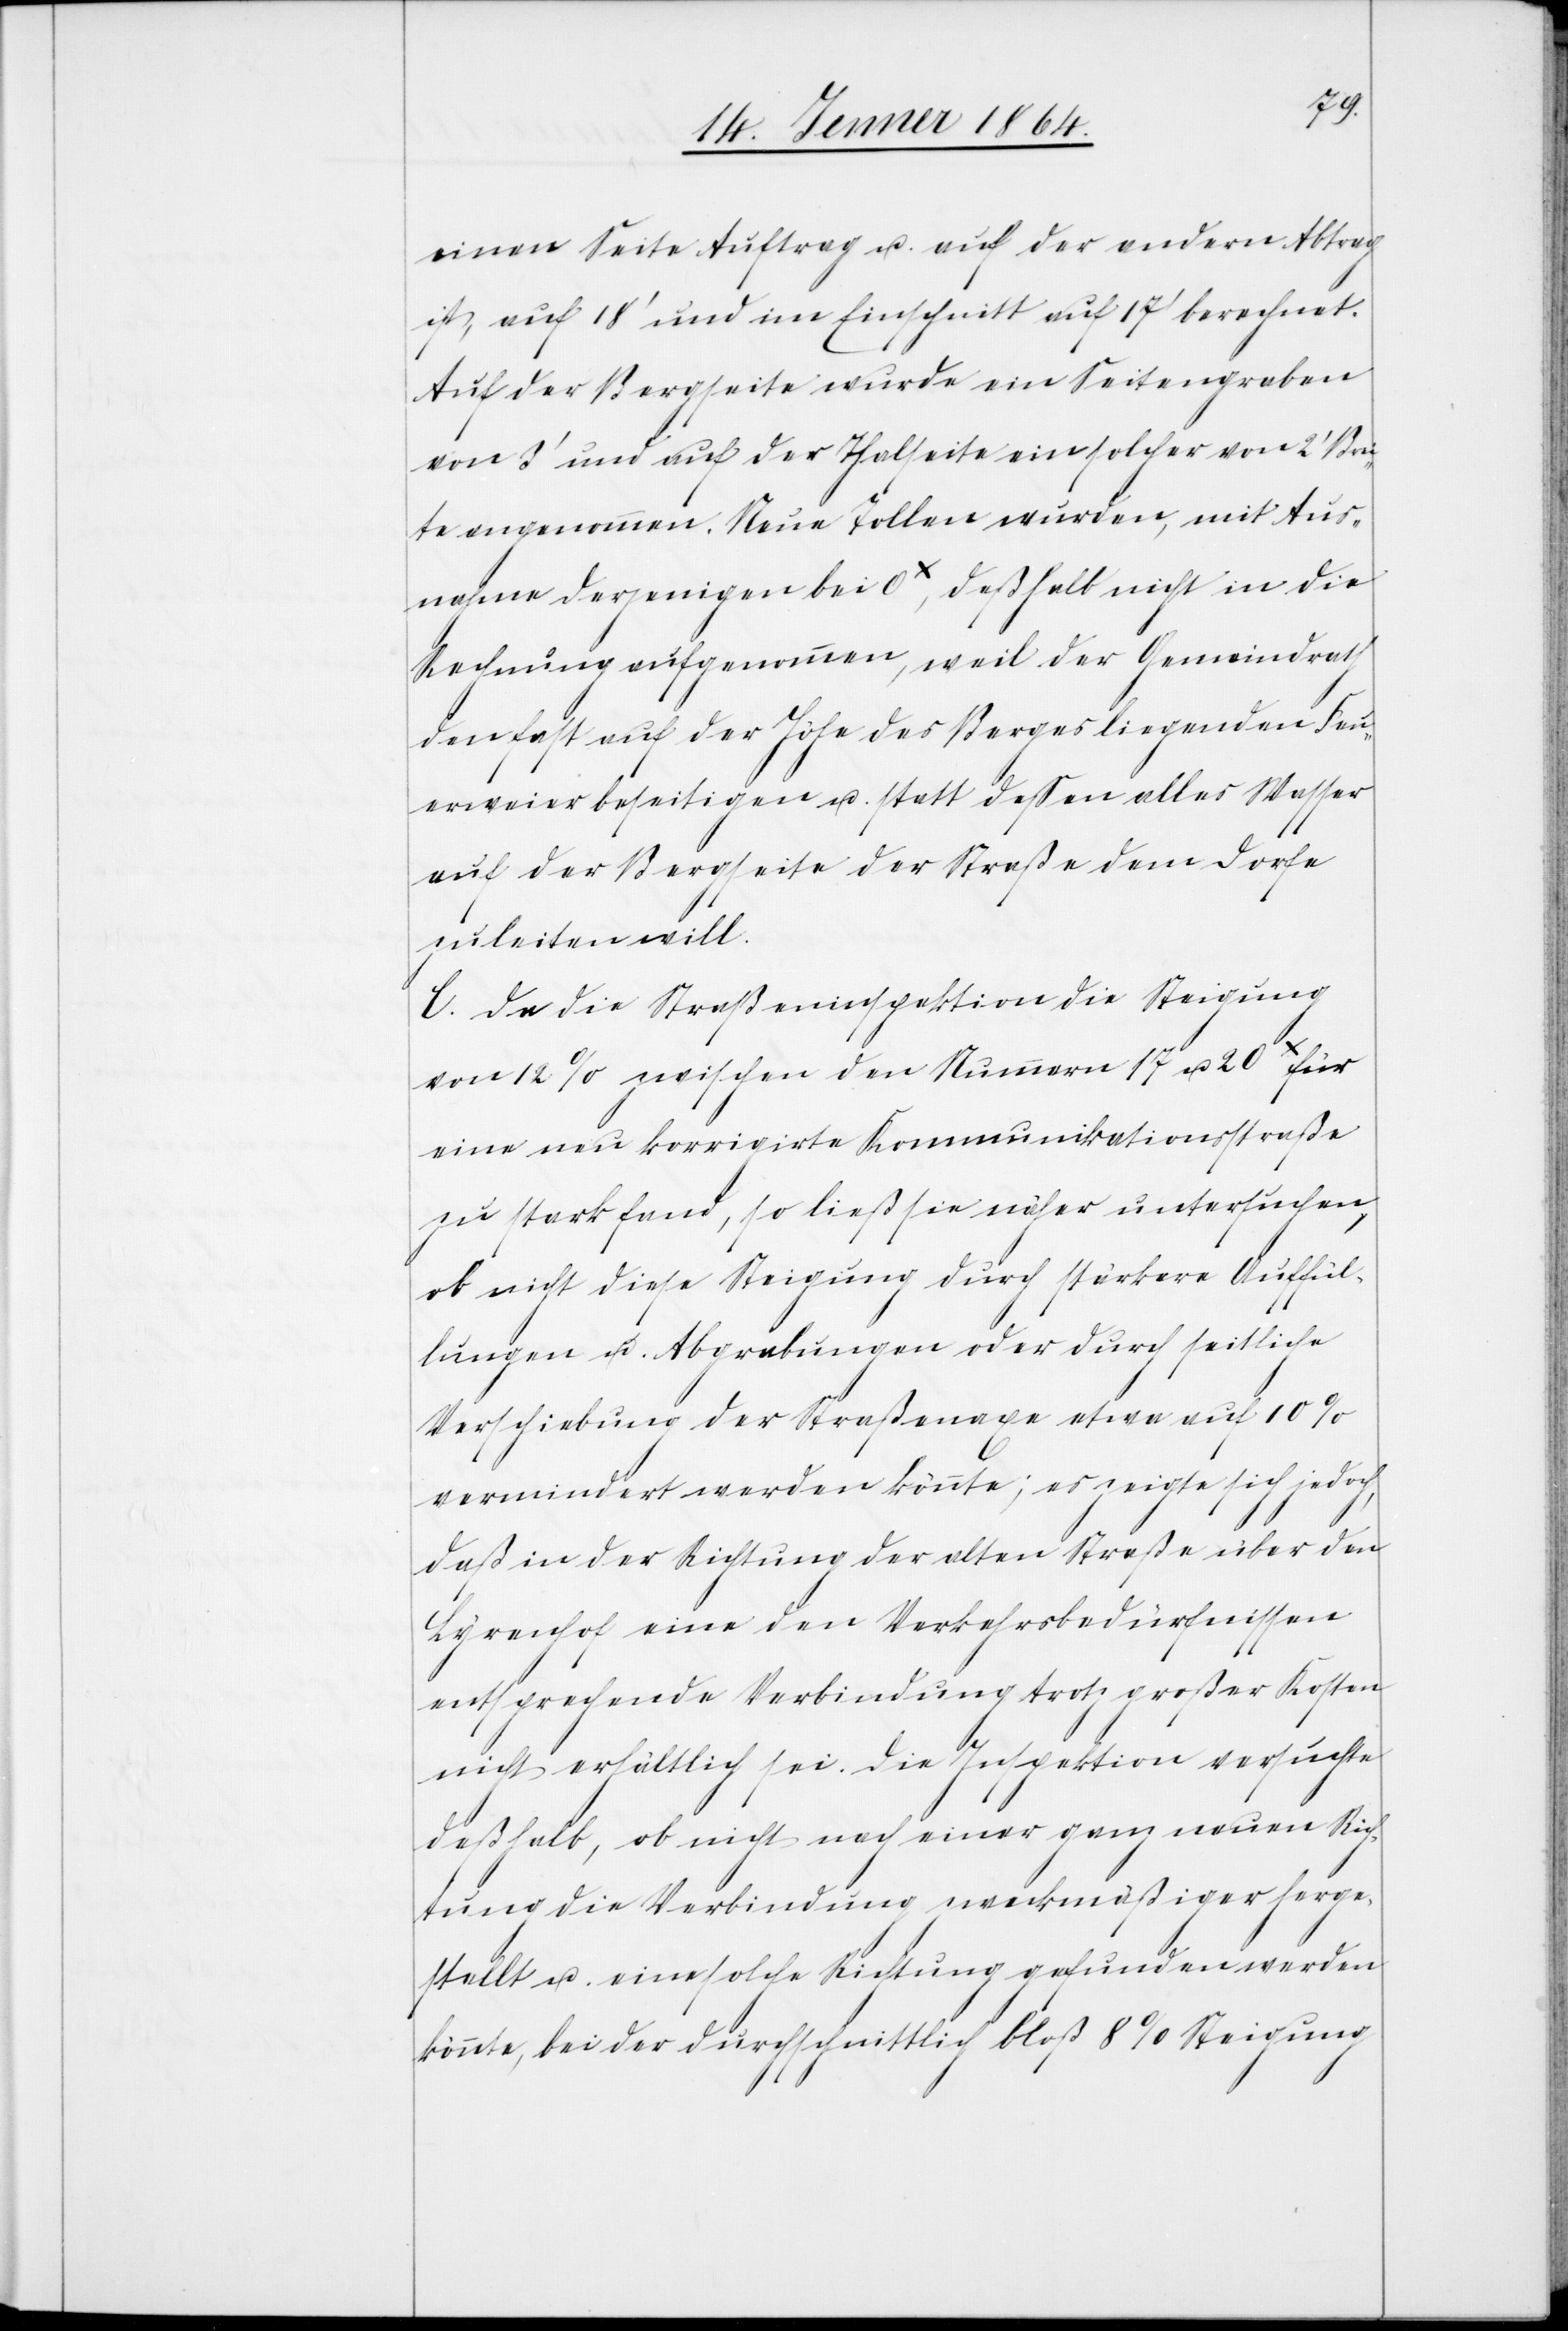
einen Seite Auftrag u. auf der andern Abtrag
ist, auf 18' und im Einschnitt auf 17' berechnet.
Auf der Bergseite wurde ein Seitengraben
von 3' und auf der Thalseite ein solcher von 2' Brei¬
te angenommen. Neue Tollen wurden, mit Aus¬
nahme derjenigen bei 0x, deßhalb nicht in die
Rechnung aufgenommen, weil der Gemeindrath
den fast auf der Höhe des Berges liegenden Feu¬
erweier beseitigen u. statt dessen alles Wasser
auf der Bergseite der Straße dem Dorfe
zuleiten will.
C. Da die Straßeninspektion die Steigung
von 12% zwischen den Nummern 17 u. 20x für
eine neu korrigirte Kommunikationstraße
zu stark fand, so ließ sie näher untersuchen,
ob nicht diese Steigung durch stärkere Auffül¬
lungen u. Abgrabungen oder durch seitliche
Verschiebung der Straßenaxe etwa auf 10%
vermindert werden könnte; es zeigte sich jedoch,
daß in der Richtung der alten Straße über den
Lyrenhof eine den Verkehrsbedürfnissen
entsprechende Verbindung trotz großer Kosten
nicht erhältlich sei. Die Inspektion versuchte
deßhalb, ob nicht nach einer ganz neuen Rich¬
tung die Verbindung zweckmäßiger herge¬
stellt u. eine solche Richtung gefunden werden
könnte, bei der durchschnittlich bloß 8% Steigung